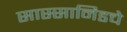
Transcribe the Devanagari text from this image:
सास्सानिडचे